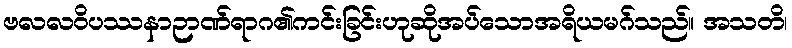
ဗလလဝိပဿနာဉာဏ်ရာဂ၏ကင်းခြင်းဟုဆိုအပ်သောအရိယမဂ်သည်။ အသတိ၊